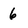
Character: 6